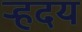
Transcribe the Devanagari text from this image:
र्‍हदय